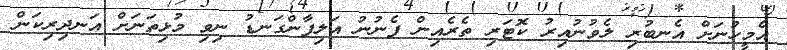
އެމީހުނަށް އެނބުރި ލެވުނުއިރު ކޮޓަރި ތެރެއިން ފެނުނު އަލިފާންގަނޑު ނިވި މުޅިތަނަށް އަނދިރިކަން